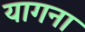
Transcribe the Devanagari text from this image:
यागना